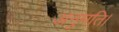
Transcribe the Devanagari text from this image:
अनुमति।